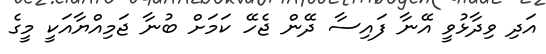
އަދި ވިދާޅުވީ އޭނާ ފައިސާ ދޭން ޖެހޭ ކަމަށް ބުނާ ޖަމިއްޔާއަކީ މީގެ